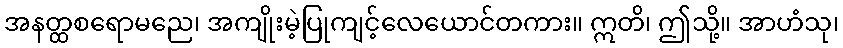
အနတ္ထစရောမညေ၊ အကျိုးမဲ့ပြုကျင့်လေယောင်တကား။ ဣတိ၊ ဤသို့။ အာဟံသု၊